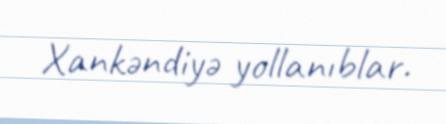
Xankəndiyə yollanıblar.